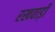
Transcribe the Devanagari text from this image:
रखवाड़ी